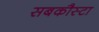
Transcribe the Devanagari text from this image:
सबकौस्टा